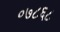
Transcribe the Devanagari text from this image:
०७८६८